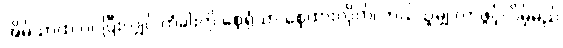
အိမ်သာထဲ ဝင်ပြီးလျှင် တံခါးကို စေ့ရုံသာ စေ့ထားလိုက်၊ ဘယ်သူမျှ လာဖွင့်လိမ့်မည်